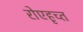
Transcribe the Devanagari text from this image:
रोएहृच्त